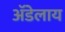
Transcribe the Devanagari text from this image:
अॅडेलाय